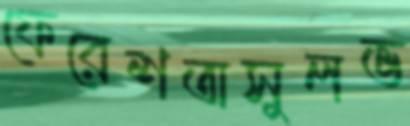
ফেরেশতাসুলভ